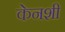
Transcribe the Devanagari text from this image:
केनशी